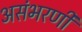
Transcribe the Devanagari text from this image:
असंभरणी